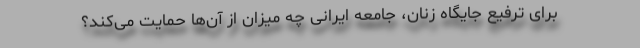
برای ترفیع جایگاه زنان، جامعه ایرانی چه میزان از آن‌ها حمایت می‌کند؟